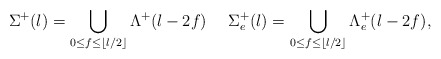
\begin{align*} \Sigma^+(l)=\bigcup_{0\le f\le \lfloor l/2\rfloor} \Lambda^+(l-2f)\ \ \ \ \Sigma_e^+(l)=\bigcup_{0\le f\le \lfloor l/2\rfloor} \Lambda_e^+(l-2f),\end{align*}